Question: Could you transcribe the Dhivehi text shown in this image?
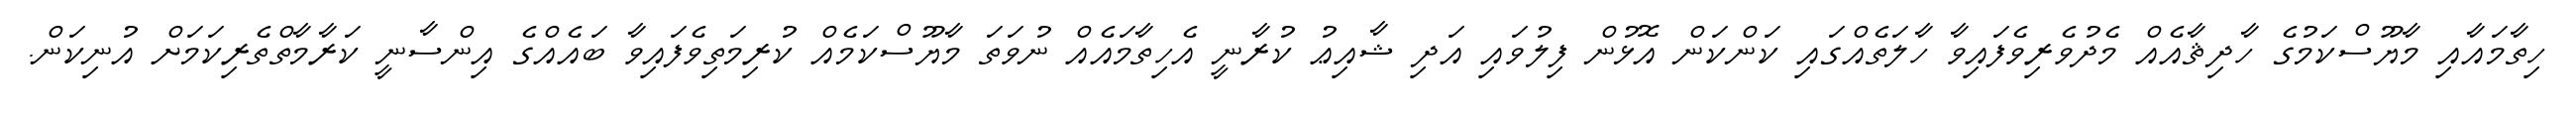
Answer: ހިތާމައާއި މާޔޫސްކަމުގެ ހާދިޘާއެއް މެދުވެރިވެފައިވާ ހާލަތެއްގައި ކަންކަން އޮޅުން ފިލުވައި އަދި ޝާއިޢު ކުރާނީ އެހިތާމައެއް ނުވަތަ މާޔޫސްކަމެއް ކުރިމަތިވެފައިވާ ބައެއްގެ އިންސާނީ ކަރާމާތްތެރިކަމަށް އުނިކަން.